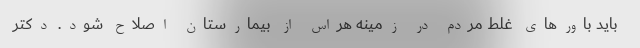
باید باورهای غلط مردم در زمینه هراس از بیمارستان اصلاح شود. دکتر